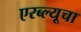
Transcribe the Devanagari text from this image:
एरब्ल्यूचा